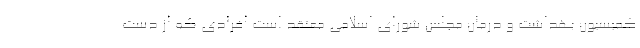
کمیسیون بهداشت و درمان مجلس شورای اسلامی معتقد است افرادی که از دست